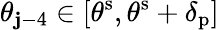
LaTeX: \theta_{\mathbf{j}-4}\in[\theta^{\mathrm{{s}}},\theta^{\mathrm{{s}}}+\delta_{\mathrm{{p}}}]